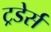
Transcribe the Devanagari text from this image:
ट्रडेर्स